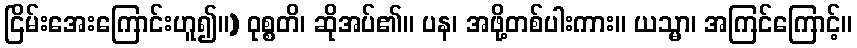
ငြိမ်းအေးကြောင်းဟူ၍။) ဝုစ္စတိ၊ ဆိုအပ်၏။ ပန၊ အဖို့တစ်ပါးကား။ ယသ္မာ၊ အကြင်ကြောင့်။